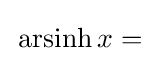
{\vphantom {\Big )}}\operatorname {arsinh} x={}